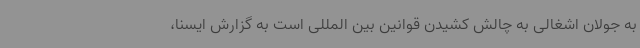
به جولان اشغالی به چالش کشیدن قوانین بین المللی است به گزارش ایسنا،